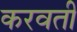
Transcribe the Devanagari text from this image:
करवतीं